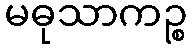
မဓုသာကဉ္စ